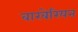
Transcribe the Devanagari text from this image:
बारबेरियन